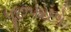
પૂછપરછો